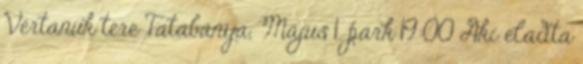
Vértanúk tere Tatabánya, Május 1. park 19:00 Aki eladta